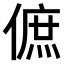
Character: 𠌮